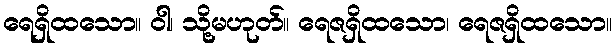
ရေရှိထသော။ ဝါ၊ သို့မဟုတ်။ ရေဇရှိထသော၊ ရေဇရှိထသော။